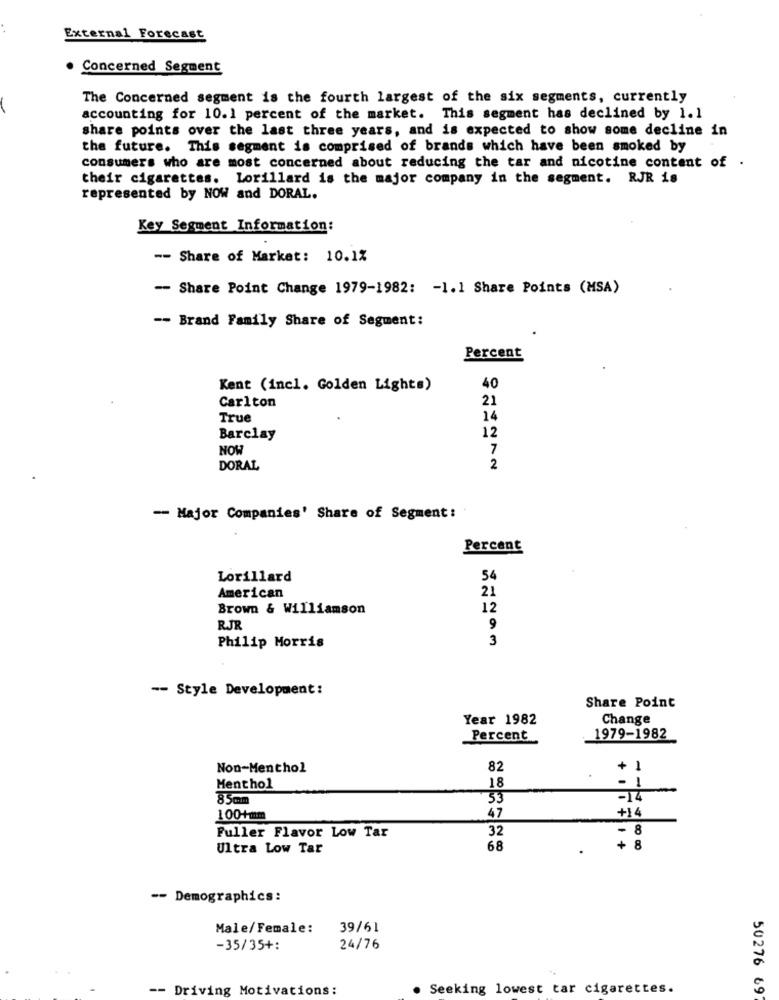
External Forecast
Concerned Segment
The Concerned segment is the fourth largest of the six segments, currently
accounting for 10.1 percent of the market. This segment has declined by 1.1
share points over the last three years, and is expected to show some decline in
the future. This segment is comprised of brands which have been smoked by
consumers who are most concerned about reducing the tar and nicotine content of .
their cigarettes. Lorillard is the major company in the segment. RJR is
represented by NOW and DORAL.
Key Segment Information:
-- Share of Market: 10.1%
-- Share Point Change 1979-1982: - 1.1 Share Points (MSA)
-- Brand Family Share of Segment:
Percent
Kent (incl. Golden Lights)
40
Carlton
21
True
14
12
Barclay
NOW
7
DORAL
2
-- Major Companies' Share of Segment:
Percent
Lorillard
54
21
American
Brown & Williamson
12
RJR
9
3
Philip Morris
-- Style Development:
Share Point
Year 1982
Change
Percent
1979-1982
Non-Menthol
82
+ 1
Menthol
18
- 1
85mm
53
+14
100+mm
47
32
-
Fuller Flavor Low Tar
Ultra Low Tar
68
+ 8
-- Demographics:
Male/Female:
39/61
-35/35+:
24/76
-- Driving Motivations:
. Seeking lowest tar cigarettes.
50276 697